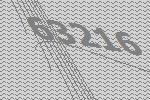
63216